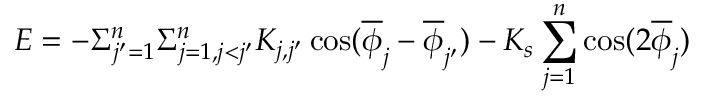
E = - \Sigma _ { j ^ { \prime } = 1 } ^ { n } \Sigma _ { j = 1 , j < j ^ { \prime } } ^ { n } K _ { j , j ^ { \prime } } \cos ( \overline { { \phi } } _ { j } - \overline { { \phi } } _ { j ^ { \prime } } ) - K _ { s } \sum _ { j = 1 } ^ { n } \cos ( 2 \overline { { \phi } } _ { j } )